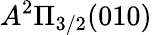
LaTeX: A^{2}\Pi_{3/2}(010)